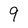
Character: 9